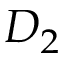
D _ { 2 }